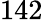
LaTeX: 142